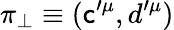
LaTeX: \pi_{\perp}\equiv(\mathsf{c}^{\prime\mu},d^{\prime\mu})